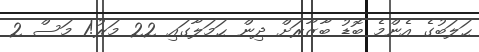
ޙަލަބުގެ އެންމެ ބޮޑު ބާޒާރަށް ދިން ޙަމަލާގައި 22 މަރު!1 މަސް 2